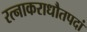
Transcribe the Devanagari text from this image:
रत्नाकराधौतपदां